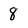
Character: 8